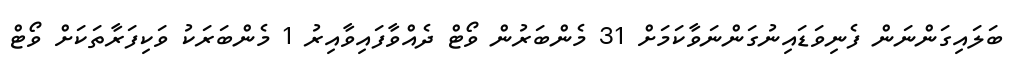
ބަލައިގަންނަން ފެނިވަޑައިނުގަންނަވާކަމަށް 31 މެންބަރުން ވޯޓް ދެއްވާފައިވާއިރު 1 މެންބަރަކު ވަކިފަރާތަކަށް ވޯޓް